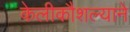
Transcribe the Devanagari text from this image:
केलीकौशल्याने